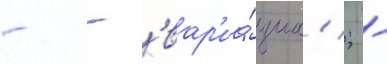
- - 'вар'иа́циа'; -